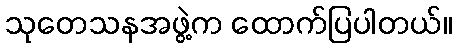
သုတေသနအဖွဲ့က ထောက်ပြပါတယ်။